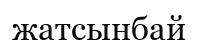
жатсынбай